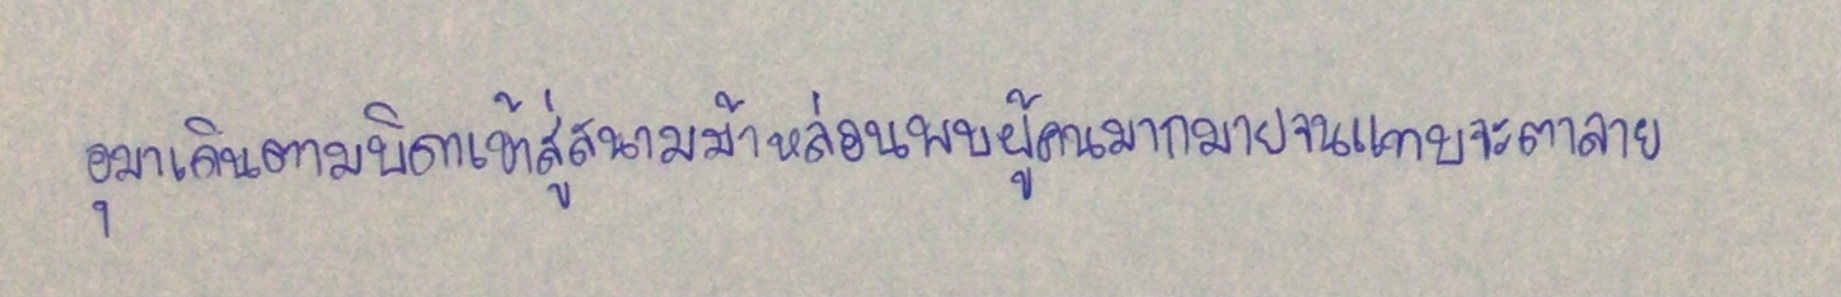
อุมาเดินตามบิดาเข้าสู่สนามม้าหล่อนพบผู้คนมากมายจนแทบจะตาลาย